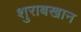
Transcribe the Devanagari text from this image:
शुराबखान